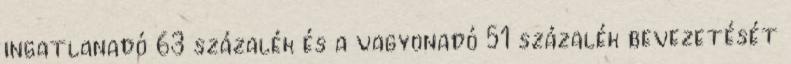
ingatlanadó 63 százalék és a vagyonadó 51 százalék bevezetését